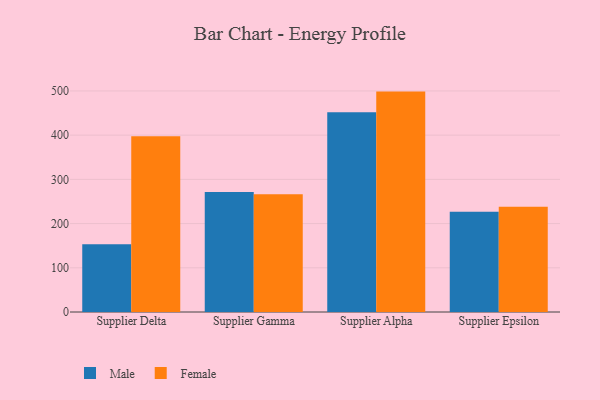
{"axis": {"x": "Supplier", "y": "Net Income (USD K)"}, "legend": ["Female", "Male"], "data": [{"x": "Supplier Delta", "y": 153.0, "type": "Male"}, {"x": "Supplier Delta", "y": 397.3, "type": "Female"}, {"x": "Supplier Gamma", "y": 271.5, "type": "Male"}, {"x": "Supplier Gamma", "y": 266.5, "type": "Female"}, {"x": "Supplier Alpha", "y": 451.6, "type": "Male"}, {"x": "Supplier Alpha", "y": 498.5, "type": "Female"}, {"x": "Supplier Epsilon", "y": 226.6, "type": "Male"}, {"x": "Supplier Epsilon", "y": 238.0, "type": "Female"}]}